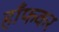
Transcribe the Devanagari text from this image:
हाँफकर